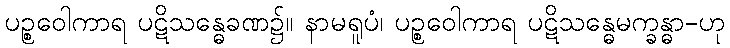
ပဉ္စဝေါကာရ ပဋိသန္ဓေခဏ၌။ နာမရူပံ၊ ပဉ္စဝေါကာရ ပဋိသန္ဓေမက္ခန္ဓာ-ဟု